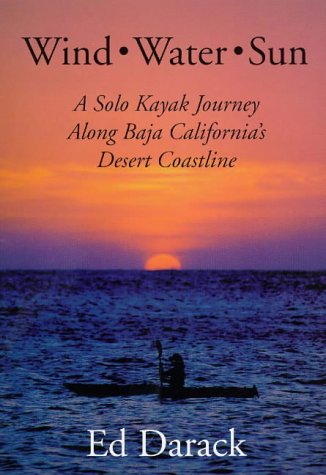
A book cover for Wind, Water, Sun : A Solo Kayak Journey Along Baja California's Desert Coastline; Ed Darack; Travel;